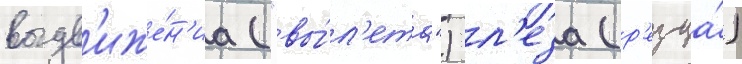
выдв'иже́н'иа ("вы́л'ета") л'еза (р'езца́)